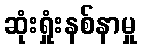
ဆုံးရှုံးနစ်နာမှု